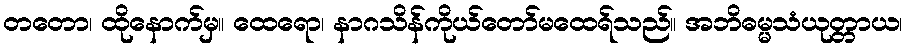
တတော၊ ထိုနောက်မှ။ ထေရော၊ နာဂသိန်ကိုယ်တော်မထေရ်သည်။ အဘိဓမ္မသံယုတ္တာယ၊